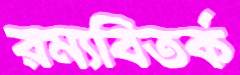
রম্যবিতর্ক